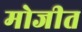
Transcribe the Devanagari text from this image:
मोजीत